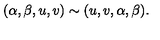
( \alpha , \beta , u , v ) \sim ( u , v , \alpha , \beta ) .